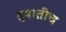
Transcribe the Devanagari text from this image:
हयातीच